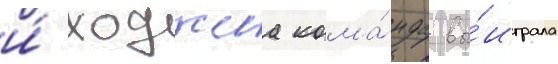
и́ ходжеса кома́нда вы́играла